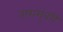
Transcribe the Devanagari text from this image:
तारामुंबरी